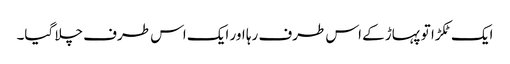
ایک ٹکڑا تو پہاڑ کے اس طرف رہا اور ایک اس طرف چلا گیا۔